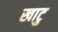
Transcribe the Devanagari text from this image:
खाटु